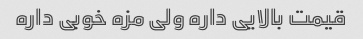
قیمت بالایی داره ولی مزه خوبی داره